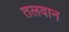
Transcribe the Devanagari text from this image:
तलवान